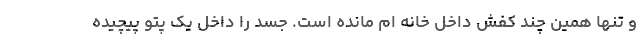
و تنها همین چند کفش داخل خانه ام مانده است. جسد را داخل یک پتو پیچیده